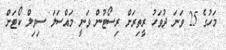
މަހުގެ 25 ވަނަ ދުވަހު ރީތިރަށް ރިސޯޓުން ވަނީ މައްސަލަ ސިވިލް ކޯޓަށް